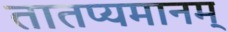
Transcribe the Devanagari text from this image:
तातप्यमानम्